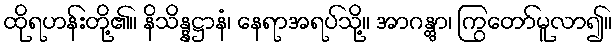
ထိုရဟန်းတို့၏။ နိသိန္နဋ္ဌာနံ၊ နေရာအရပ်သို့။ အာဂန္တွာ၊ ကြွတော်မူလာ၍။